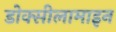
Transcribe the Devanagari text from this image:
डोक्सीलामाइन